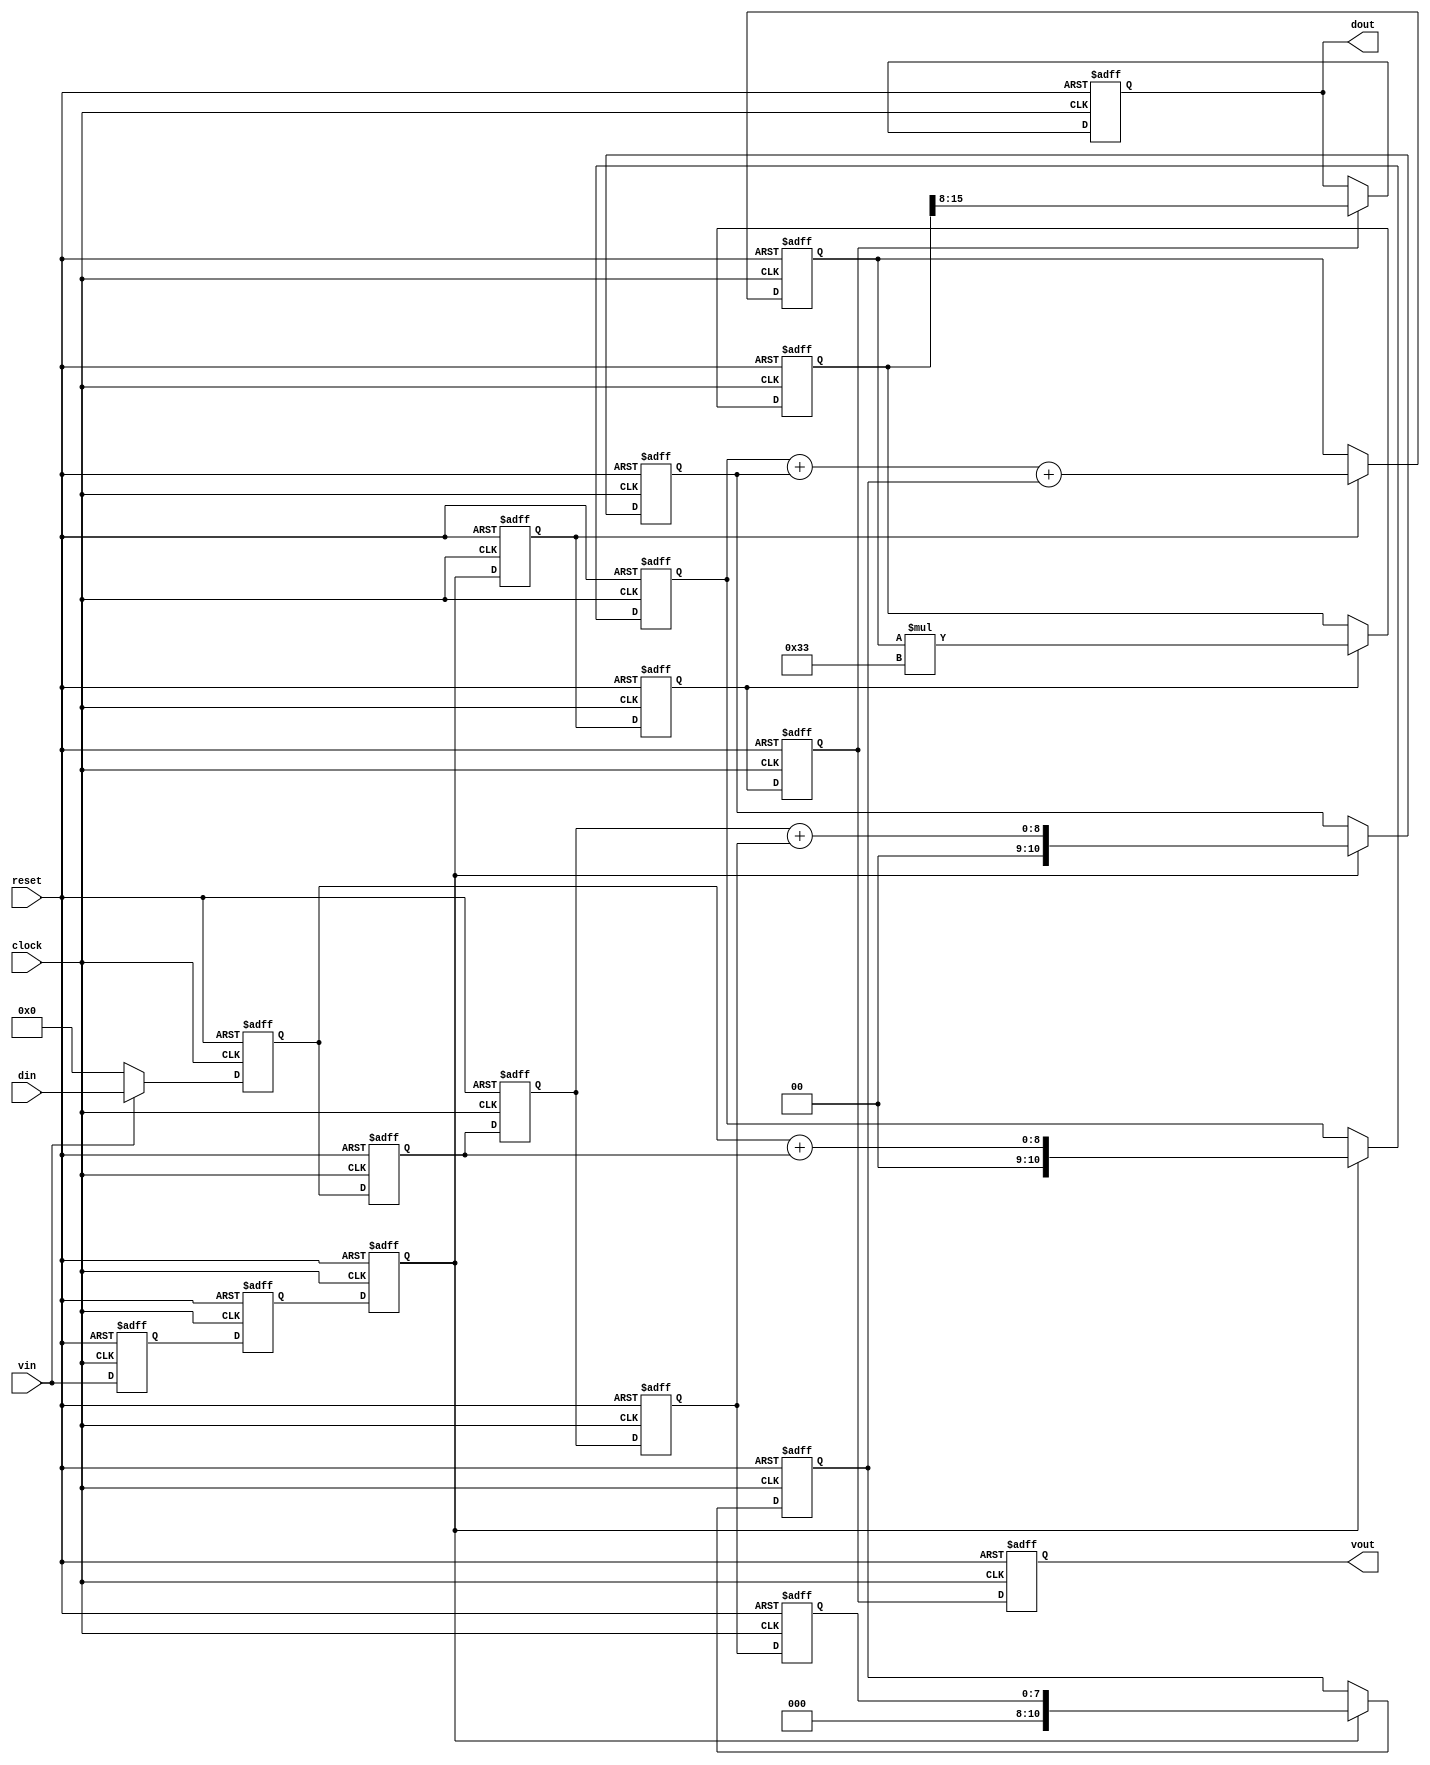
`timescale 1ns / 1ps
//////////////////////////////////////////////////////////////////////////////////
// Company: Tensorchip Co Ltd.
// Revision 0.01 - File Created
// Additional Comments:5
//150MHz
//////////////////////////////////////////////////////////////////////////////////


module fir(
	   clock,
	   reset,
	   vin,     //valid datain
	   din,
	   vout,
	   dout
	   );
   input clock;            // clock : system clock
   input reset;            // reset : synchronized reset
   input vin;              // vin   : valid input. high effective
   input [7:0] din;        // din   : input data sequence
   output  reg    vout;       // vout  : valid output, high effective
   output reg [7:0]	 dout;
//
    reg						vin_ff0;
    reg						vin_ff1;
    reg						vin_ff2;
    reg						vin_ff3;
    reg						vin_ff4;
    reg                     vin_ff5;
   
    reg		[7:0]			din_ff0;
    reg		[7:0]			din_ff1;
    reg		[7:0]			din_ff2;
    reg		[7:0]			din_ff3;
    reg		[7:0]			din_ff4;
    
    wire	[10:0]			sum0_w0  ;  //
    wire	[10:0]			sum0_w1  ;

    reg		[10:0]			sum0_r0  ;
    reg		[10:0]			sum0_r1  ;
    reg     [10:0]          sum0_r2  ;
    
    wire	[10:0]			sum1_w0  ;  //
    reg		[10:0]			sum1_r0  ;

    wire    [15:0]          prod_w0  ;  //
    reg     [15:0]          prod_r0  ;  

    wire    [11:0]          ave_w0   ;  //
    reg     [11:0]          ave_r0   ;

   //
	always @(posedge clock or negedge reset)begin
		if(~reset)begin
			din_ff0 <= 1'b0;
			din_ff1 <= 1'b0;
	        din_ff2 <= 1'b0;
			din_ff3 <= 1'b0;
            din_ff4 <= 1'b0;
            vin_ff5 <= 1'b0;
		end
		else if(vin)begin
			din_ff0 <= din    ;
			din_ff1 <= din_ff0;
			din_ff2 <= din_ff1;
			din_ff3 <= din_ff2;
			din_ff4 <= din_ff3;
            vin_ff5 <= vin_ff4;
		end
        else begin 
            din_ff0 <= 0    ;
			din_ff1 <= din_ff0;
			din_ff2 <= din_ff1;
			din_ff3 <= din_ff2;
			din_ff4 <= din_ff3;
            vin_ff5 <= vin_ff4;
        end 
	end

	always @(posedge clock or negedge reset)begin 
        if(~reset)begin
            vin_ff0 <= 1'b0;
            vin_ff1 <= 1'b0;
            vin_ff2 <= 1'b0;
            vin_ff3 <= 1'b0;
            vin_ff4 <= 1'b0;
        end 
        else begin 
            vin_ff0 <= vin    ;
            vin_ff1 <= vin_ff0;
            vin_ff2 <= vin_ff1;
            vin_ff3 <= vin_ff2;
            vin_ff4 <= vin_ff3;
        end 
    end
   
    assign sum0_w0 = din_ff0 + din_ff1; //
    assign sum0_w1 = din_ff2 + din_ff3;

    always @(posedge clock or negedge reset)begin 
        if(~reset)begin
            sum0_r0 <= 0;
            sum0_r1 <= 0;
            sum0_r2 <= 0;
        end 
        else if(vin_ff2)begin 
            sum0_r0 <= sum0_w0;
            sum0_r1 <= sum0_w1;
            sum0_r2 <= din_ff4;
        end 
    end

    assign sum1_w0 = sum0_r0 + sum0_r1 + sum0_r2;     //
   
    always @(posedge clock or negedge reset)begin 
        if(~reset)begin
            sum1_r0 <= 0;
        end 
        else if(vin_ff3)begin 
            sum1_r0 <= sum1_w0;
        end 
    end

    assign prod_w0 = sum1_r0*51;        //
    always @(posedge clock or negedge reset)begin   
        if(!reset)begin
            prod_r0 <= 0;
        end 
        else if(vin_ff4)begin 
            prod_r0 <= prod_w0;
        end 
    end
    
    assign  ave_w0 = prod_r0>>8;       // 
    always @(posedge clock or negedge reset)begin 
        if(~reset)begin
            dout <= 0;
        end 
        else if(vin_ff5)begin 
            dout <= ave_w0;
        end 
    end

	always @(posedge clock or negedge reset)begin   
		if(!reset)begin
			vout <= 0;
		end 
		else begin 
			vout <= vin_ff5;
		end  
	end

endmodule